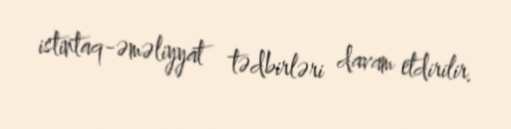
istintaq-əməliyyat tədbirləri davam etdirilir.